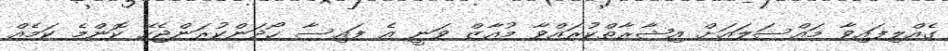
ގެއްލިފައިވާ މައްސަލައަށް އިޝާރާތްކުރައްވާ މުއާޒް ވަނީ އެ ފައިސާ ހޯދަންކުރަންޖެހޭ ކޮންމެ ކަމެއް